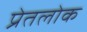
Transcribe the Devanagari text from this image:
प्रेतलोक